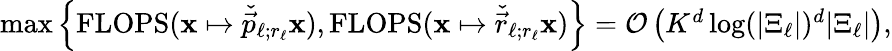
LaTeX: \begin{array}{r}{\operatorname*{max}\left\{ \operatorname{FLOPS}(\boldsymbol{\mathbf{x}}\mapsto\check{\vec{p}}_{\ell;r_{\ell}}\boldsymbol{\mathbf{x}}),\operatorname{FLOPS}(\boldsymbol{\mathbf{x}}\mapsto\check{\vec{r}}_{\ell;r_{\ell}}\boldsymbol{\mathbf{x}})\right\} =\mathcal{O}\left(K^{d}\log(|\Xi_{\ell}|)^{d}|\Xi_{\ell}|\right),}\end{array}